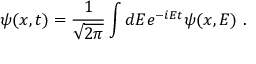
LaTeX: \psi ( x , t ) = \frac { 1 } { \sqrt { 2 \pi } } \int d E e ^ { - i E t } \psi ( x , E ) \ .